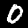
Digit: 0